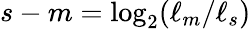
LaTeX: s-m=\log_{2}(\ell_{m}/\ell_{s})